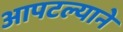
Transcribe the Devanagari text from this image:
आपटल्याने